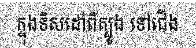
ក្នុងទិសដៅពីត្បូង ទៅជើង